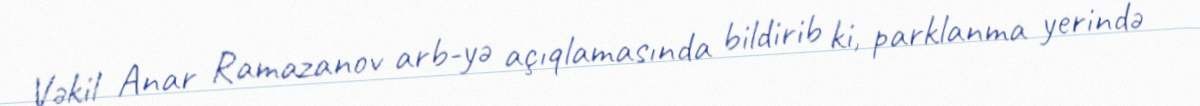
Vəkil Anar Ramazanov arb-yə açıqlamasında bildirib ki, parklanma yerində